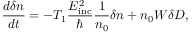
\frac { d \delta n } { d t } = - T _ { 1 } \frac { E _ { \mathrm { i n c } } ^ { 2 } } { \hbar } \frac { 1 } { n _ { 0 } } \delta n + n _ { 0 } W \delta D ,